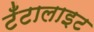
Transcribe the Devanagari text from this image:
टँटालाइट